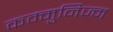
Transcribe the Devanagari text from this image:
कम्मुनिज्म